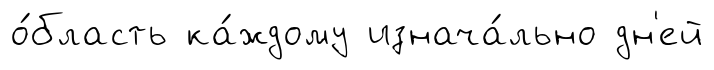
о́бласть ка́ждому изнача́льно дн'ей